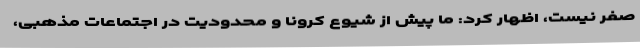
صفر نیست، اظهار کرد: ما پیش از شیوع کرونا و محدودیت در اجتماعات مذهبی،